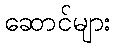
ဆောင်များ